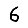
Digit: 6